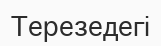
Терезедегі